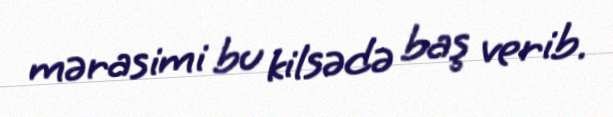
mərasimi bu kilsədə baş verib.